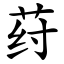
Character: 荮